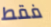
فقط